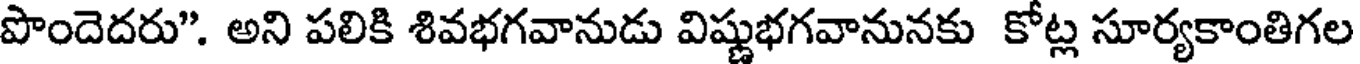
పొందెదరు". అని పలికి శివభగవానుడు విష్ణుభగవానునకు కోట్ల సూర్యకాంతిగల